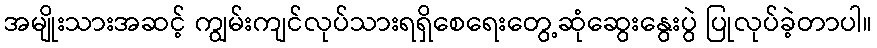
အမျိုးသားအဆင့် ကျွမ်းကျင်လုပ်သားရရှိစေရေးတွေ့ဆုံဆွေးနွေးပွဲ ပြုလုပ်ခဲ့တာပါ။